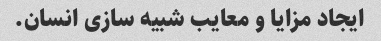
ایجاد مزایا و معایب شبیه سازی انسان.